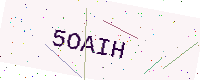
Text: 5OAIH